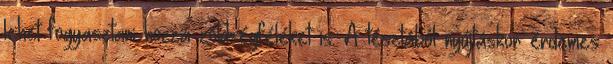
lehet fogyasztani hozzá zöldségféléket is. A tésztából nyújtáskor érdemes